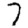
Digit: 7